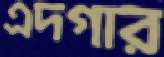
এদগার